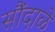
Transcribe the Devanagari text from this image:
सौंदाळे